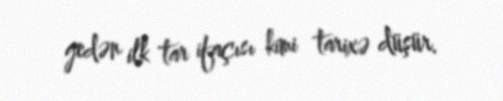
gedən ilk tar ifaçısı kimi tarixə düşür.